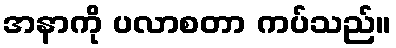
အနာကို ပလာစတာ ကပ်သည်။